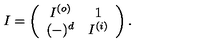
I = \left( \begin{array} { c c } { I ^ { ( o ) } } & { 1 } \\ { ( - ) ^ { d } } & { I ^ { ( i ) } } \\ \end{array} \right) .